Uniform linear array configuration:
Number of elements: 32
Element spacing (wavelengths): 1
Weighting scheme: cosine
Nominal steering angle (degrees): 30
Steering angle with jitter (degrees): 28.971
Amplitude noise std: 0.05
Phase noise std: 0.05

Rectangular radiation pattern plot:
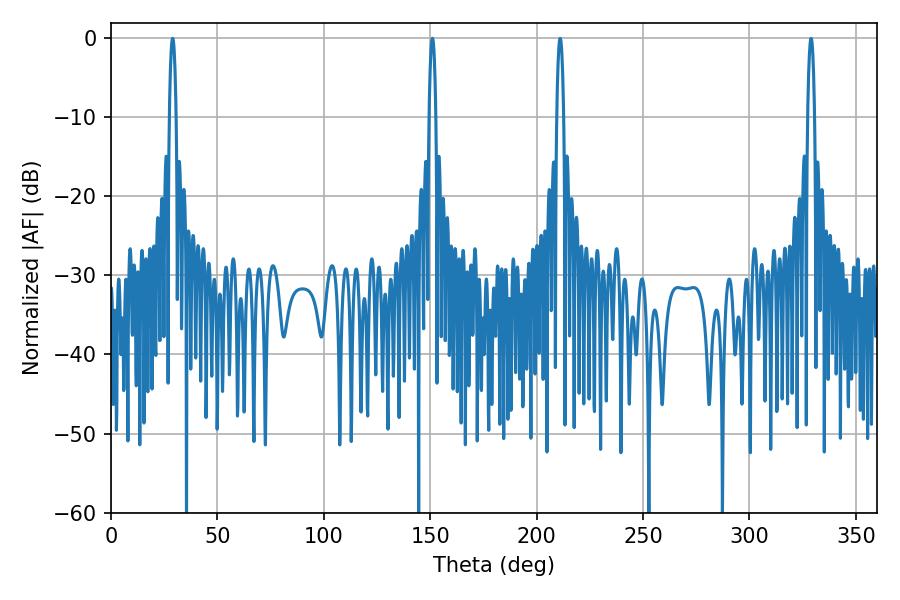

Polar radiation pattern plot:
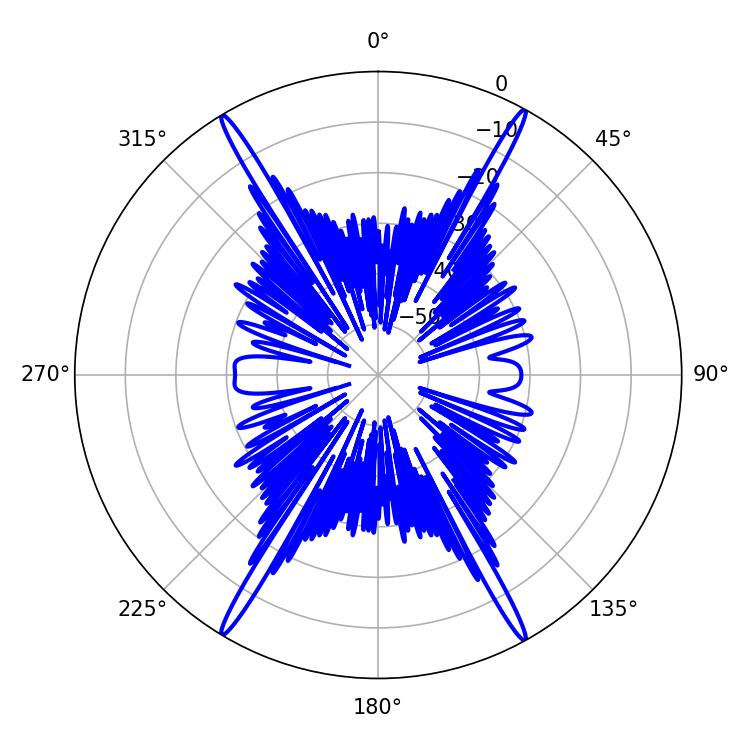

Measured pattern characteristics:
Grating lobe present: TRUE
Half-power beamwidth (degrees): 1.8
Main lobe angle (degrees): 28.98